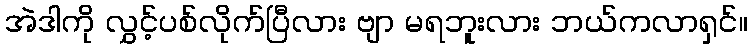
အဲဒါကို လွှင့်ပစ်လိုက်ပြီလား ဗျာ မရဘူးလား ဘယ်ကလာရှင်။